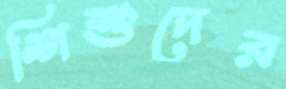
শিশুদের